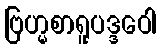
ဗြဟ္မစာရူပဒ္ဒဝေါ